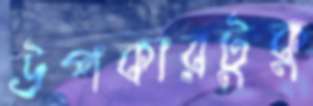
উপকারটুকু